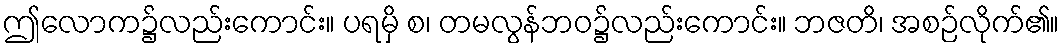
ဤလောက၌လည်းကောင်း။ ပရမှိ စ၊ တမလွန်ဘဝ၌လည်းကောင်း။ ဘဇတိ၊ အစဉ်လိုက်၏။